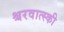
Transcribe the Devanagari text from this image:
श्चरवात्स्की